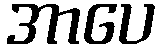
အာပေ